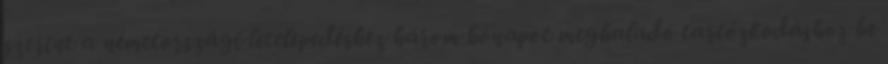
szerint a németországi letelepedéshez három hónapot meghaladó tartózkodáshoz be